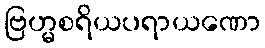
ဗြဟ္မစရိယပရာယဏော